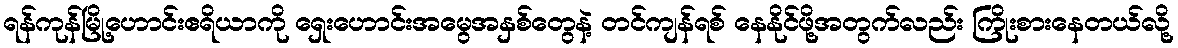
ရန်ကုန်မြို့ဟောင်းဧရိယာကို ရှေးဟောင်းအမွေအနှစ်တွေနဲ့ တင်ကျန်ရစ် နေနိုင်ဖို့အတွက်လည်း ကြိုးစားနေတယ်လို့